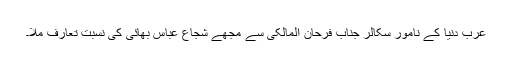
عرب دنیا کے نامور سکالر جناب فرحان المالکی سے مجھے شجاع عباس بھائی کی نسبت تعارف ملا۔